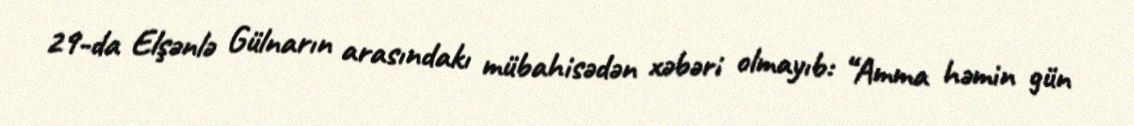
29-da Elşənlə Gülnarın arasındakı mübahisədən xəbəri olmayıb: “Amma həmin gün